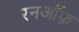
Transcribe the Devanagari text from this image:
रनऑफ़